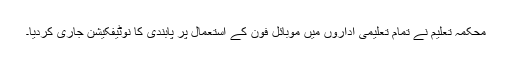
محکمہ تعلیم نے تمام تعلیمی اداروں میں موبائل فون کے استعمال پر پابندی کا نوٹیفکیشن جاری کردیا۔